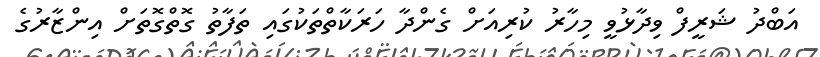
އަބްދު ޝަރީފް ވިދާޅުވީ މިހާރު ކުރިއަށް ގެންދާ ހަރަކާތްތަކުގައި ތަފާތު ގޮތްގޮތަށް އިންޒާރުގެ